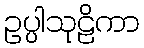
ဥပ္ပါသုဠိကာ